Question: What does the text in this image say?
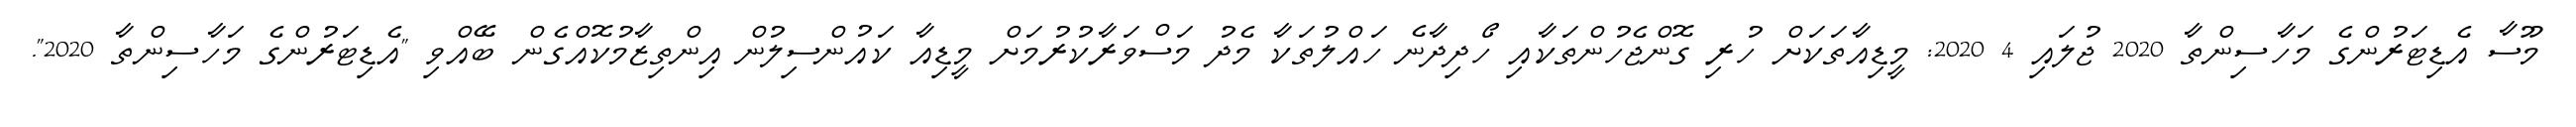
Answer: މޫސާ އެޑިޓަރުންގެ މަހާސިންތާ 2020 ޖުލައި 4 2020: މީޑިއާތަކަށް ހުރި ގޮންޖެހުންތަކާއި ހޯދިދާނެ ހައްލުތަކާ މެދު މަސްވަރާކުރުމަށް މީޑިއާ ކައުންސިލުން އިންތިޒާމުކޮއްގެން ބޭއްވި "އެޑިޓަރުންގެ މަހާސިންތާ 2020".